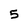
Character: 5